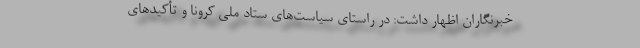
خبرنگاران اظهار داشت: در راستای سیاست‌های ستاد ملی کرونا و تأکیدهای